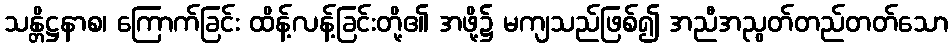
သန္တိဋ္ဌနာစ၊ ကြောက်ခြင်း ထိန့်လန့်ခြင်းတို့၏ အဖို့၌ မကျသည်ဖြစ်၍ အညီအညွတ်တည်တတ်သော